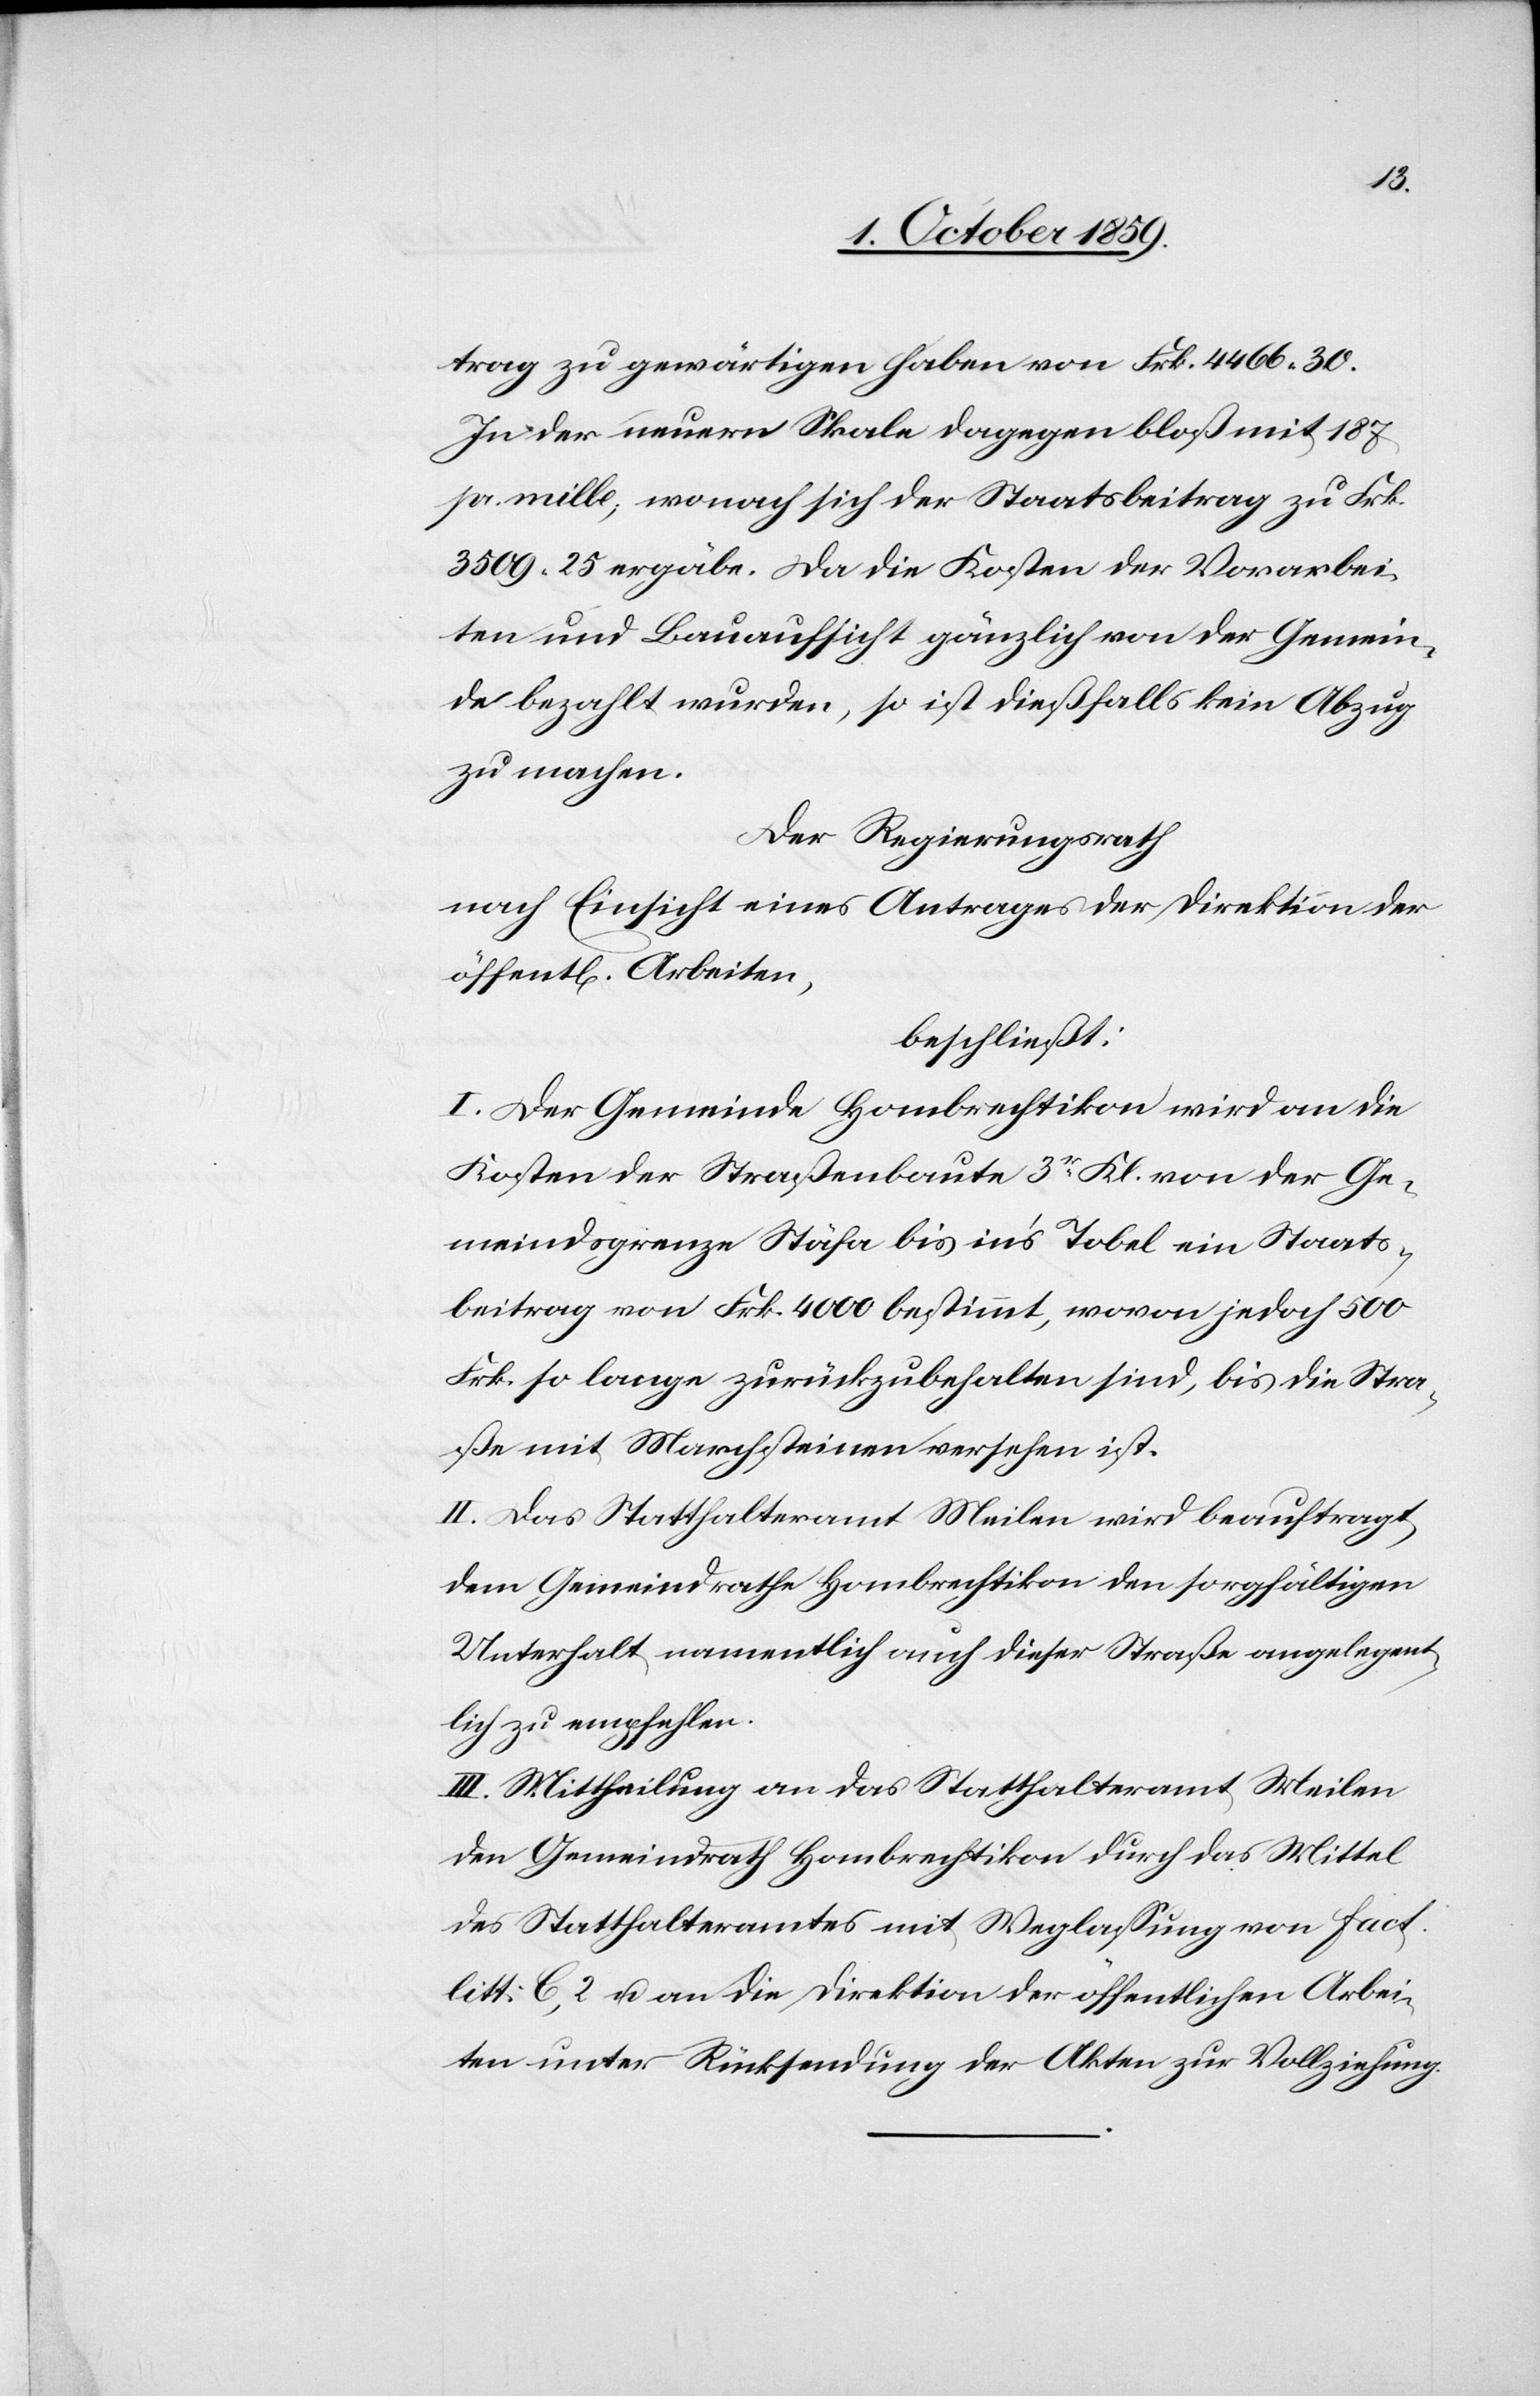
trag zu gewärtigen haben von Frk. 4'466.30.
In der neuern Skala dagegen bloß mit 187.
p. mille, wonach sich der Staatsbeitrag zu Frk.
3'509.25 ergäbe. Da die Kosten der Vorarbei¬
ten und Bauaufsicht gänzlich von der Gemein¬
de bezahlt wurden, so ist dießfalls kein Abzug
zu machen.
Der Regierungsrath
nach Einsicht eines Antrages der Direktion der
öffentlichen Arbeiten,
beschließt:
I. Der Gemeinde Hombrechtikon wird an die
Kosten der Straßenbaute 3er Kl. von der Ge¬
meindsgrenze Stäfa bis in's Tobel ein Staats¬
beitrag von Frk. 4'000 bestimmt, wovon jedoch 500
Frk. so lange zurückzubehalten sind, bis die Stra¬
ße mit Marchsteinen versehen ist.
II. Das Statthalteramt Meilen wird beauftragt,
dem Gemeindrathe Hombrechtikon den sorgfältigen
Unterhalt namentlich auch dieser Straße angelegent¬
lich zu empfehlen.
III. Mittheilung an das Statthalteramt Meilen
den Gemeinderath Hombrechtikon durch das Mittel
des Statthalteramtes mit Weglassung von fact.
litt: C. 2 & an die Direktion der öffentlichen Arbei¬
ten unter Rücksendung der Akten zur Vollziehung.